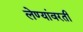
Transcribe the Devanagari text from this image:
लेण्यांवरती